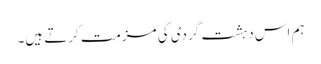
ہم اس دہشت گردی کی مزمت کرتے ہیں۔